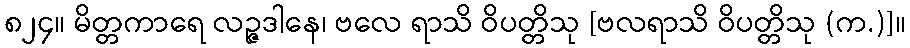
၈၂၄။ မိတ္တကာရေ လဉ္ဇဒါနေ၊ ဗလေ ရာသိ ဝိပတ္တိသု [ဗလရာသိ ဝိပတ္တိသု (က.)]။